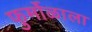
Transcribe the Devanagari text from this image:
फुर्मोळाला